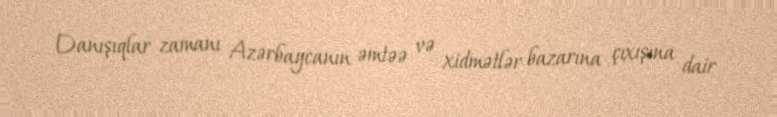
Danışıqlar zamanı Azərbaycanın əmtəə və xidmətlər bazarına çıxışına dair